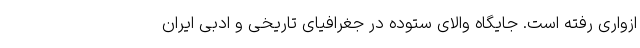
ازواری رفته است. جایگاه والای ستوده در جغرافیای تاریخی و ادبی ایران